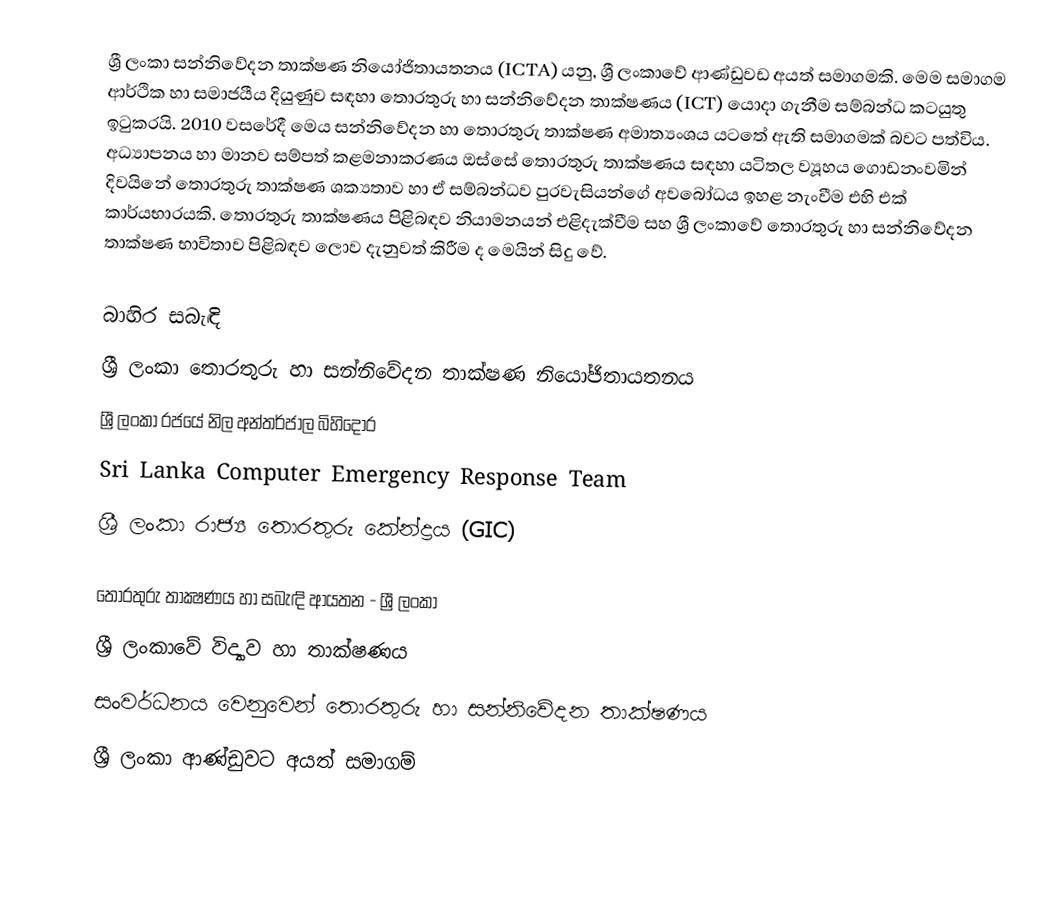
ශ්‍රී ලංකා සන්නිවේදන තාක්ෂණ නියෝජිතායතනය  (ICTA)  යනු, ශ්‍රී ලංකාවේ ආණ්ඩුවඩ අයත් සමාගමකි. මෙම සමාගම ආර්ථික හා සමාජයීය දියුණුව සඳහා තොරතුරු හා සන්නිවේදන තාක්ෂණය (ICT) යොදා ගැනීම සම්බන්ධ කටයුතු ඉටුකරයි. 2010 වසරේදී මෙය  සන්නිවේදන  හා තොරතුරු තාක්ෂණ අමාත්‍යංශය යටතේ ඇති සමාගමක් බවට පත්විය. අධ්‍යාපනය හා මානව සම්පත් කළමනාකරණය ඔස්සේ තොරතුරු තාක්ෂණය සඳහා යටිතල ව්‍යූහය ගොඩනංවමින් දිවයිනේ තොරතුරු තාක්ෂණ ශක්‍යතාව හා ඒ සම්බන්ධව පුරවැසියන්ගේ අවබෝධය ඉහළ නැංවීම එහි එක් කාර්යභාරයකි. තොරතුරු තාක්ෂණය පිළිබඳව නියාමනයන් එළිදැක්වීම සහ ශ්‍රී ලංකාවේ තොරතුරු හා සන්නිවේදන තාක්ෂණ භාවිතාව පිළිබඳව ලොව දැනුවත් කිරීම ද මෙයින් සිදු වේ.

බාහිර සබැඳි
 ශ්‍රී ලංකා තොරතුරු හා සන්නිවේදන තාක්ෂණ නියෝජිතායතනය
 ශ්‍රී ලංකා රජයේ නිල අන්තර්ජාල බිහිදොර
 Sri Lanka Computer Emergency Response Team
 ශ්‍රී ලංකා රාජ්‍ය තොරතුරු කේන්ද්‍රය (GIC)

තොරතුරු තාක්‍ෂණය හා සබැඳි ආයතන - ශ්‍රී ලංකා
ශ්‍රී ලංකාවේ විද්‍යාව හා තාක්ෂණය
සංවර්ධනය වෙනුවෙන් තොරතුරු හා සන්නිවේදන තාක්ෂණය
ශ්‍රී ලංකා ආණ්ඩුවට අයත් සමාගම්